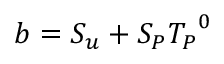
b = S _ { u } + { S _ { P } } { T _ { P } } ^ { 0 }